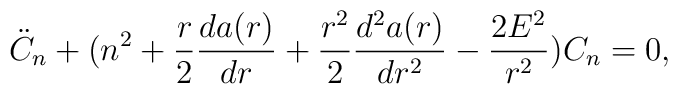
\ddot{C}_{n}+(n^2+\frac{r}{2}\frac{da(r)}{dr}+\frac{r^2}{2}\frac{d^2a(r)}{dr^2}-\frac{2E^2}{r^2})C_n=0,